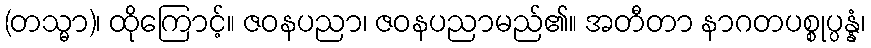
(တသ္မာ)၊ ထိုကြောင့်။ ဇဝနပညာ၊ ဇဝနပညာမည်၏။ အတီတာ နာဂတပစ္စုပ္ပန္နံ၊